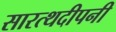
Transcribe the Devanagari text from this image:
सारत्थदीपनी